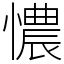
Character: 憹